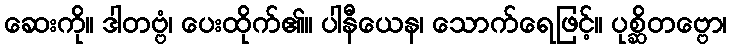
ဆေးကို။ ဒါတဗ္ဗံ၊ ပေးထိုက်၏။ ပါနီယေန၊ သောက်ရေဖြင့်။ ပုစ္ဆိတဗ္ဗော၊